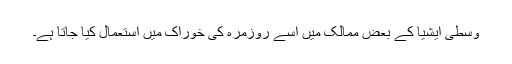
وسطی ایشیا کے بعض ممالک میں اسے روزمرہ کی خوراک میں استعمال کیا جاتا ہے۔